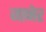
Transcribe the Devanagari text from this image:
जानेर